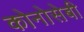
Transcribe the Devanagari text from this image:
कोनोसेबी